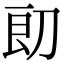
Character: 㓪